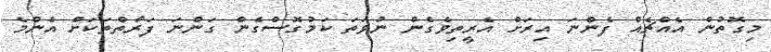
މިގޮތުން އެއްޗެއް ފެންނަ އިރަށް އެރީތިވެގެން ނުވަތަ ކަމުގޮސްގެން ގަންނަ ފަރާތްތަކަށް އެންމެ